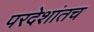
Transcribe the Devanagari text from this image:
परदेशांतच